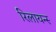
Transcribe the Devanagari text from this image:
रिलायन्स्‍